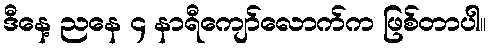
ဒီနေ့ ညနေ ၄ နာရီကျော်လောက်က ဖြစ်တာပါ။